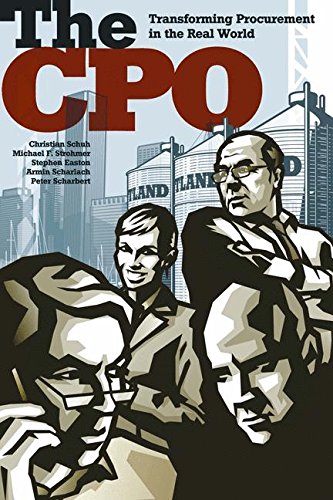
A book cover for The CPO: Transforming Procurement in the Real World; Christian Schuh; Business & Money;